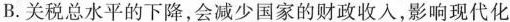
B.关税总水平的下降，会减少国家的财政收入，影响现代化